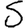
Digit: 5